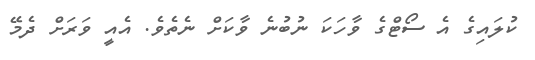
ކުލައިގެ އެ ސޯޓްގެ ވާހަކަ ނުބުނެ ވާކަށް ނެތެވެ. އެއީ ވަރަށް ދެމޭ